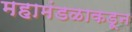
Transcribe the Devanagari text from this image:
महामंडळाकडून